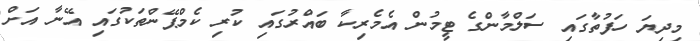
މިދިޔަ ހަފުތާގައި ސަލްމާންގެ ޓީމުން އެމެރިކާ ބައްރުގައި ކުރި ކެމްޕޭންތަކުގައި އޭނާ އަށް